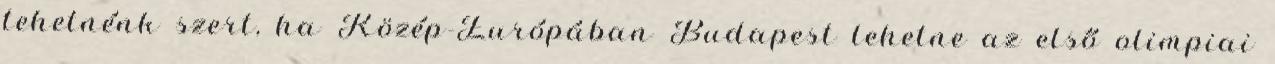
tehetnénk szert, ha Közép-Európában Budapest lehetne az első olimpiai